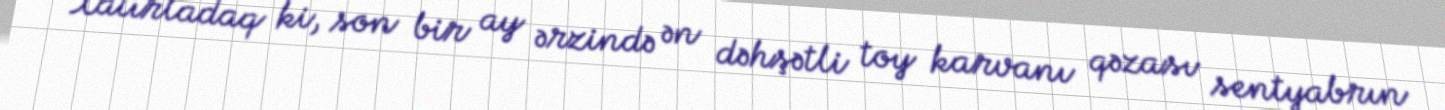
Xatırladaq ki, son bir ay ərzində ən dəhşətli toy karvanı qəzası sentyabrın